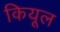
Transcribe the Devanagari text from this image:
कियूल